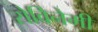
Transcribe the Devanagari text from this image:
रोविनेमी